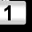
Digit: 1